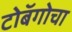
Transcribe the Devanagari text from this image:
टोबॅगोचा